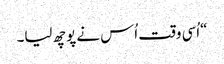
“اُسی وقت اُس نے پوچھ لیا۔